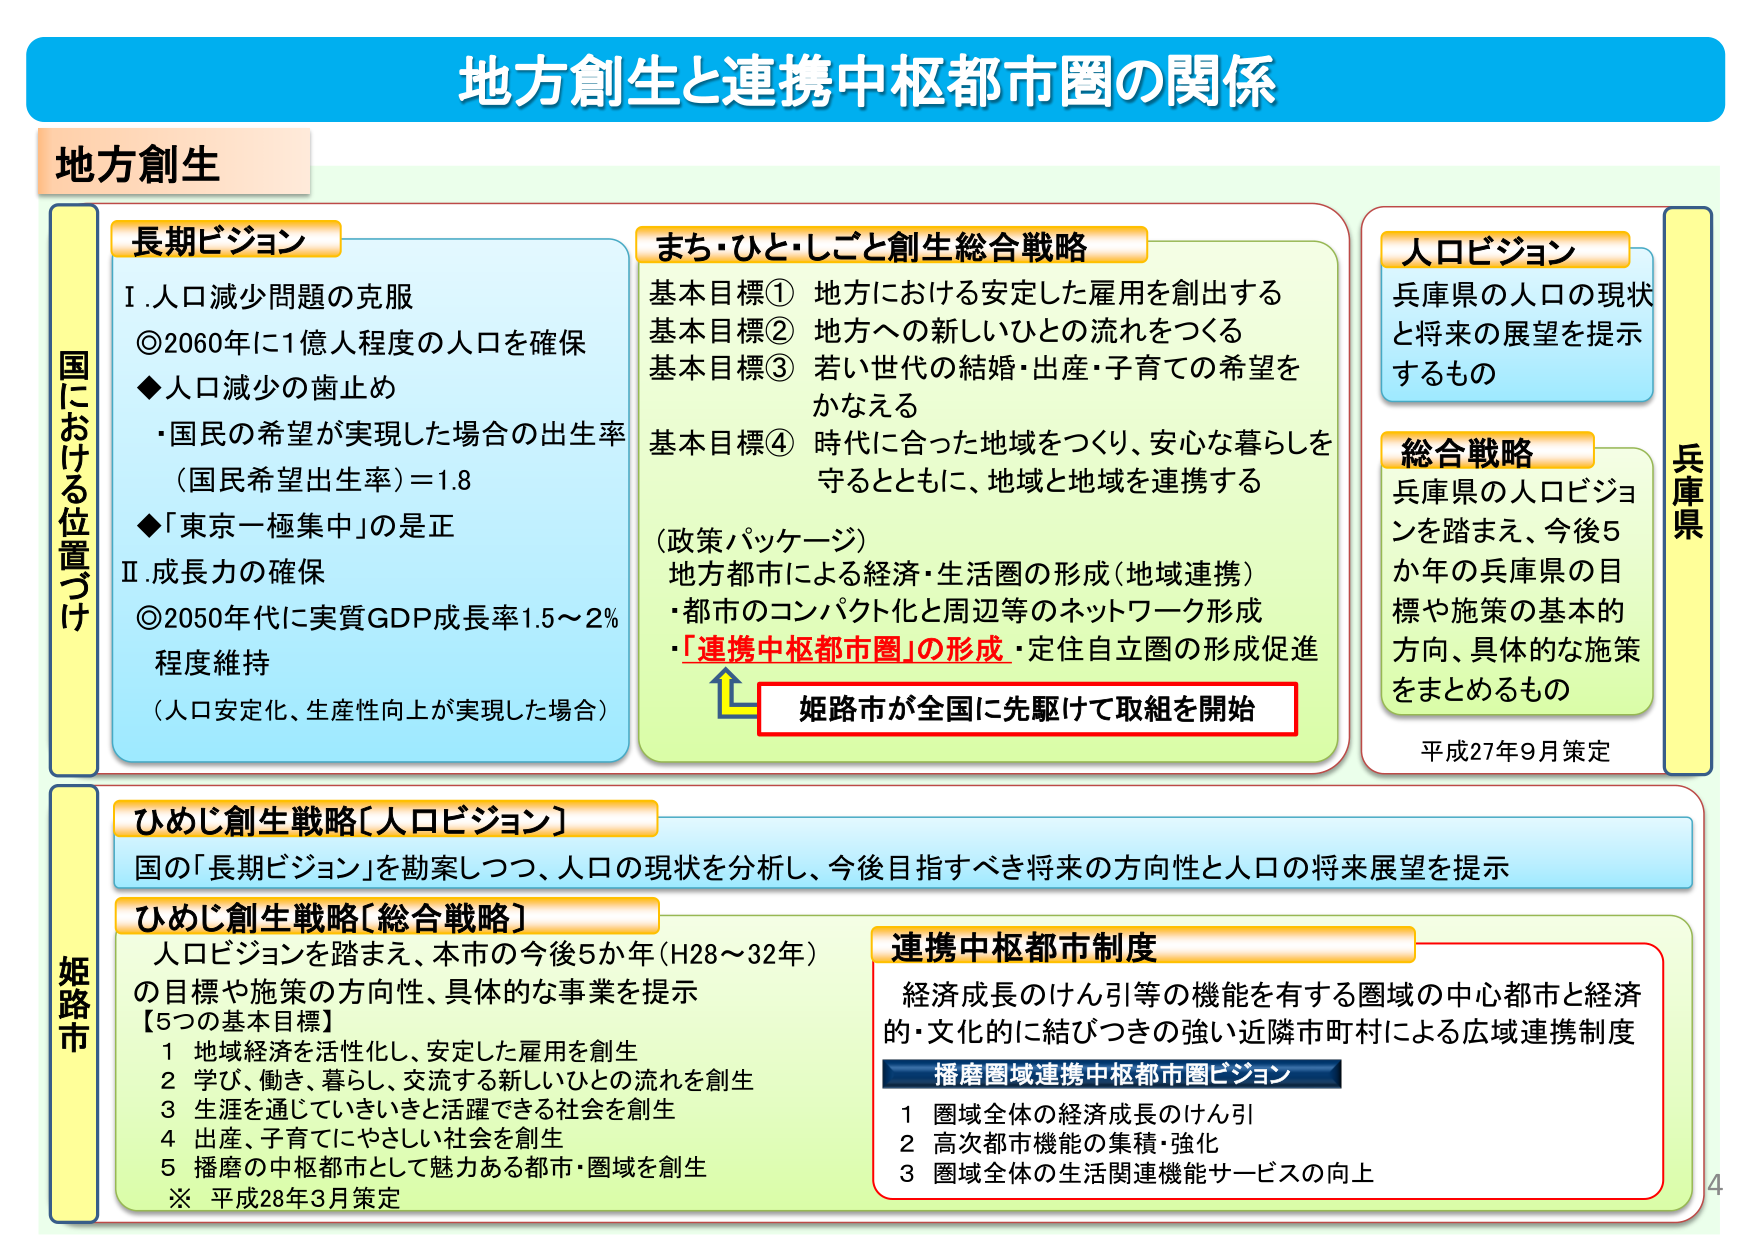
地方創生と連携中枢都市圏の関係

地方創生

国における位置づけ

長期ビジョン
Ⅰ.人口減少問題の克服
◎2060年に1億人程度の人口を確保
◆人口減少の歯止め
・国民の希望が実現した場合の出生率
（国民希望出生率）＝1.8
◆「東京一極集中」のは正
Ⅱ.成長力の確保
◎2050年代に実質GDP成長率1.5～2％
程度維持
（人口安定化、生産性向上が実現した場合）

まち・ひと・しごと創生総合戦略
基本目標① 地方における安定した雇用を創出する
基本目標② 地方への新しいひとの流れをつくる
基本目標③ 若い世代の結婚・出産・子育ての希望を
かなえる
基本目標④ 時代に合った地域をつくり、安心な暮らしを
守るとともに、地域と地域を連携する
（政策パッケージ）
地方都市による経済・生活圏の形成（地域連携）
・都市のコンパクト化と周辺等のネットワーク形成
・「連携中枢都市圏」の形成・定住自立圏の形成促進
姫路市が全国に先駆けて取組を開始

人口ビジョン
兵庫県の人口の現状
と将来の展望を提示
するもの

総合戦略
兵庫県の人口ビジョンを踏まえ、今後5
か年の兵庫県の目標や施策の基本的
方向、具体的な施策
をまとめるもの
平成27年9月策定

兵庫県

ひめじ創生戦略〔人口ビジョン〕
国の「長期ビジョン」を勘案しつつ、人口の現状を分析し、今後目指すべき将来の方向性と人口の将来展望を提示

ひめじ創生戦略〔総合戦略〕
人口ビジョンを踏まえ、本市の今後5か年（H28～32年）
の目標や施策の方向性、具体的な事業を提示
【5つの基本目標】
1 地域経済を活性化し、安定した雇用を創生
2 学び、働き、暮らし、交流する新しいひとの流れを創生
3 生涯を通じていきいきと活躍できる社会を創生
4 出産、子育てにやさしい社会を創生
5 播磨の中枢都市として魅力ある都市・圏域を創生
※ 平成28年3月策定

連携中枢都市制度
経済成長のけん引等の機能を有する圏域の中心都市と経済的・文化的に結びつきの強い近隣市町村による広域連携制度

播磨圏域連携中枢都市圏ビジョン
1 圏域全体の経済成長のけん引
2 高次都市機能の集積・強化
3 圏域全体の生活関連機能サービスの向上

姫路市

4